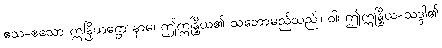
ဧသ-ဧသော ဣန္ဒြိယဋ္ဌော နာမ၊ ဤဣန္ဒြိယ၏ သဘောမည်သည်။ ဝါ၊ ဤဣန္ဒြိယ-သဒ္ဒါ၏